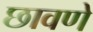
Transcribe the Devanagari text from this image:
छावणे